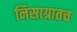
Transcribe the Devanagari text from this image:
निसाग्रातच